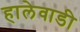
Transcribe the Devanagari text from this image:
हालेवाडी